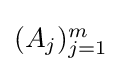
{\textstyle (A_{j})_{j=1}^{m}}